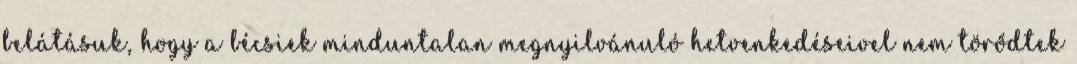
belátásuk, hogy a bécsiek minduntalan megnyilvánuló hetvenkedéseivel nem törődtek